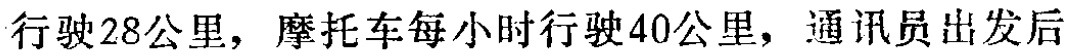
行驶28公里，摩托车每小时行驶40公里，通讯员出发后